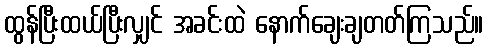
ထွန်ပြီးထယ်ပြီးလျှင် အခင်းထဲ နောက်ချေးချတတ်ကြသည်။